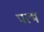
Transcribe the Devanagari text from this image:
पत्थ